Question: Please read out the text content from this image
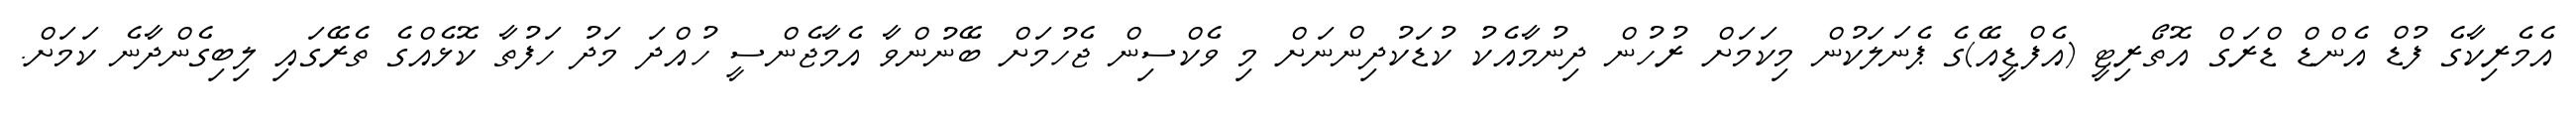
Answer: އެމެރިކާގެ ފުޑް އެންޑް ޑްރަގް އޮތޯރިޓީ (އެފްޑީއޭ)ގެ ޕެނަލަކުން މިކަމަށް ރުހުން ދިނުމާއެކު ކުޑަކުދިންނަށް މި ވެކްސިން ޖެހުމަށް ބޭނުންވާ އެމާޖެންސީ ހުއްދަ މަދު ހަފުތާ ކޮޅެއްގެ ތެރޭގައި ލިބިގެންދާނެ ކަމަށް.